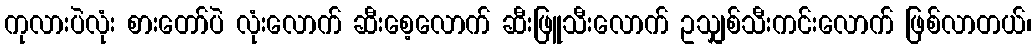
ကုလားပဲလုံး စားတော်ပဲ လုံးလောက် ဆီးစေ့လောက် ဆီးဖြူသီးလောက် ဥသျှစ်သီးကင်းလောက် ဖြစ်လာတယ်၊